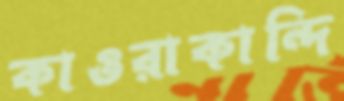
কাওরাকান্দি